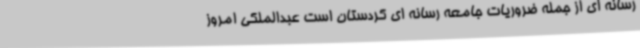
رسانه ای از جمله ضروریات جامعه رسانه ای کردستان است عبدالملکی امروز